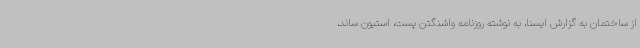
از ساختمان به گزارش ایسنا،‌ به نوشته روزنامه واشنگتن پست، استیون ساند،